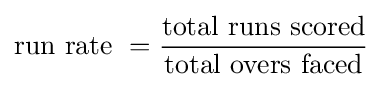
{\text{run rate }}={\frac {\text{total runs scored}}{\text{total overs faced}}}